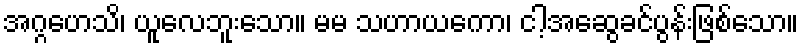
အဂ္ဂဟေသိ၊ ယူလေဘူးသော။ မမ သဟာယကော၊ ငါ့အဆွေခင်ပွန်းဖြစ်သော။